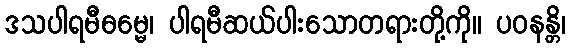
ဒသပါရမီဓမ္မေ၊ ပါရမီဆယ်ပါးသောတရားတို့ကို။ ပဝနန္တိ၊